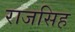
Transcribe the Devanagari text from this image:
राजसिह